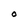
Character: O